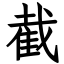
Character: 截